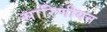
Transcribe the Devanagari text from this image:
सारिणीयन